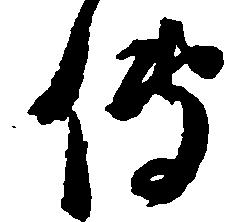
伝